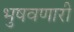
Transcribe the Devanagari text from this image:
भुषवणारी